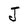
Character: J